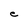
Character: e